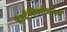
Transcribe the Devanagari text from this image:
ईस्ट्रॅडिऑलमधे